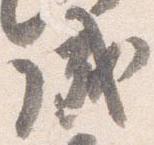
成